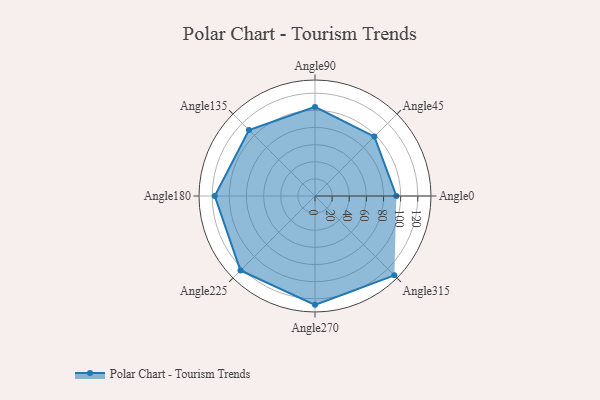
{"axis": {"x": "Angle", "y": "Radius"}, "legend": [""], "data": [{"x": "Angle0", "y": 95.0, "type": ""}, {"x": "Angle45", "y": 98.0, "type": ""}, {"x": "Angle90", "y": 104.0, "type": ""}, {"x": "Angle135", "y": 109.0, "type": ""}, {"x": "Angle180", "y": 117.0, "type": ""}, {"x": "Angle225", "y": 123.0, "type": ""}, {"x": "Angle270", "y": 127.0, "type": ""}, {"x": "Angle315", "y": 131.0, "type": ""}]}